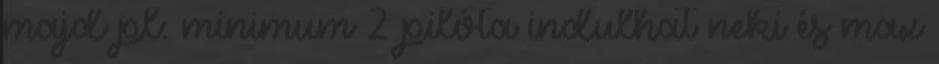
majd pl: minimum 2 pilóta indulhat neki és max